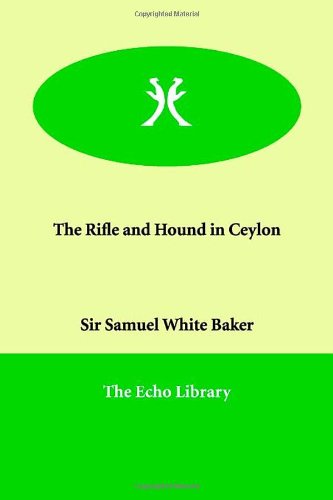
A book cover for The Rifle and Hound in Ceylon; Samuel White Baker; Travel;